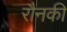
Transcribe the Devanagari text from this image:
रौनकी